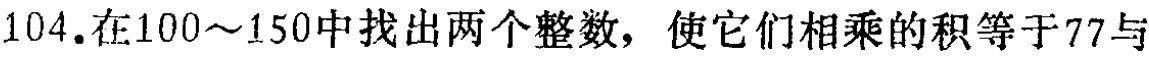
104.在100～150中找出两个整数，使它们相乘的积等于77与